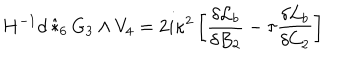
H ^ { - 1 } d \, \hat { * } _ { 6 } \, G _ { 3 } \wedge V _ { 4 } = 2 i \kappa ^ { 2 } \left[ \frac { \delta { \cal { L } } _ { b } } { \delta B _ { 2 } } - \tau \frac { \delta { \cal { L } } _ { b } } { \delta C _ { 2 } } \right]